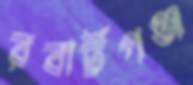
রবার্টগঞ্জ